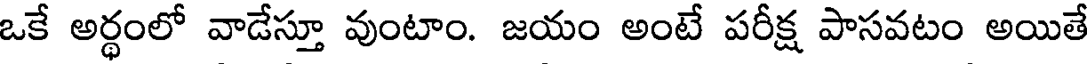
ఒకే అర్థంలో వాడేస్తూ వుంటాం. జయం అంటే పరీక్ష పాసవటం అయితే